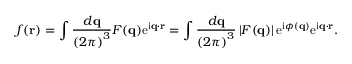
f ( \mathbf { r } ) = \int { \frac { d \mathbf { q } } { \left( 2 \pi \right) ^ { 3 } } } F ( \mathbf { q } ) \mathrm { e } ^ { \mathrm { i } \mathbf { q } \cdot \mathbf { r } } = \int { \frac { d \mathbf { q } } { \left( 2 \pi \right) ^ { 3 } } } \left| F ( \mathbf { q } ) \right| \mathrm { e } ^ { \mathrm { i } \phi ( \mathbf { q } ) } \mathrm { e } ^ { \mathrm { i } \mathbf { q } \cdot \mathbf { r } } .